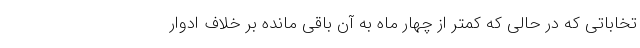
تخاباتی که در حالی که کمتر از چهار ماه به آن باقی مانده بر خلاف ادوار